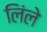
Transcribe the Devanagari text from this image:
लिंले